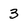
Character: 3